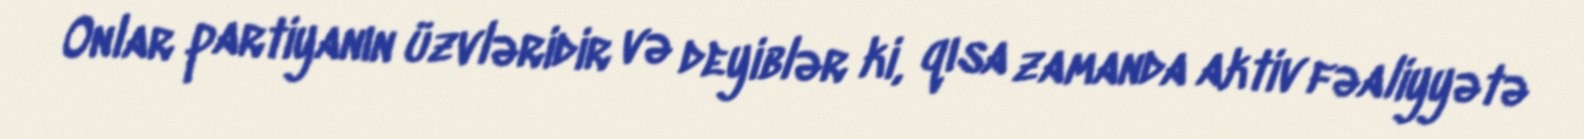
Onlar partiyanın üzvləridir və deyiblər ki, qısa zamanda aktiv fəaliyyətə